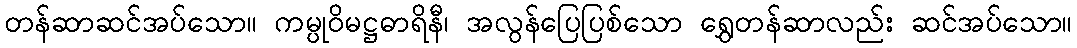
တန်ဆာဆင်အပ်သော။ ကမ္ပုဝိမဋ္ဌဓာရိနီ၊ အလွန်ပြေပြစ်သော ရွှေတန်ဆာလည်း ဆင်အပ်သော။